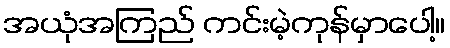
အယုံအကြည် ကင်းမဲ့ကုန်မှာပေါ့။